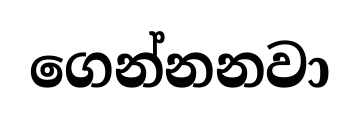
ගෙන්නනවා